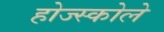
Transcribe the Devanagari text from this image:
होज्स्कोले